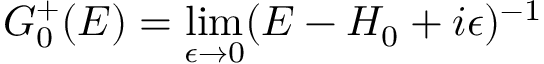
G _ { 0 } ^ { + } ( E ) = \operatorname* { l i m } _ { \epsilon \rightarrow 0 } ( E - H _ { 0 } + i \epsilon ) ^ { - 1 }